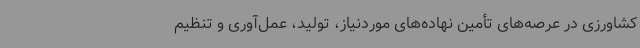
کشاورزی در عرصه‌های تأمین نهاده‌های موردنیاز، تولید، عمل‌آوری و تنظیم